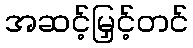
အဆင့်မြှင့်တင်